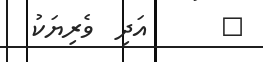
٥      އަދި  ވެރިޔަކު